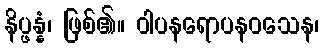
နိပ္ဖန္နံ၊ ဖြစ်၏။ ဝါပနရောပနဝသေန၊